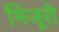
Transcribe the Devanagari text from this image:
मिजूरी